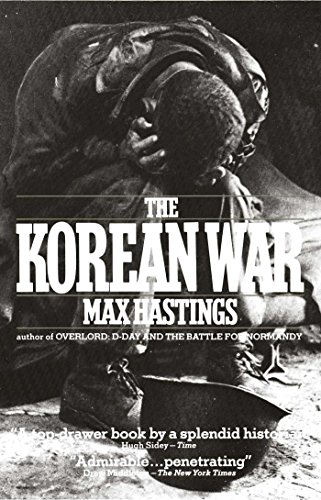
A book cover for The Korean War; Max Hastings; History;